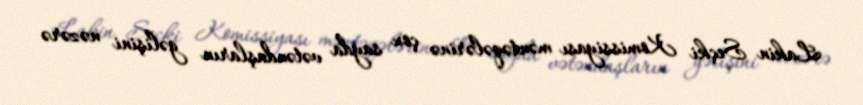
Lakin Seçki Komissiyası məntəqələrinə çox sayda vətəndaşların gəlişini nəzərə